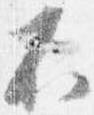
不